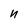
Character: n